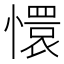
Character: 懁